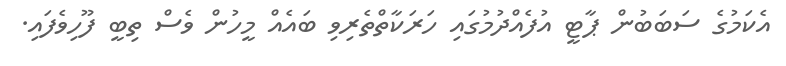
އެކަމުގެ ސަބަބުން ޕާޓީ އުފެއްދުމުގައި ހަރަކާތްތެރިވި ބައެއް މީހުން ވެސް ތިބީ ފޫހިވެފައި.